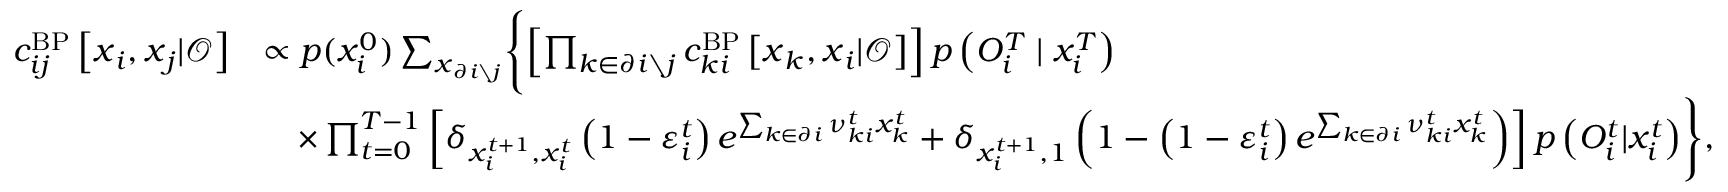
\begin{array} { r l } { c _ { i j } ^ { \mathrm { B P } } \left[ \boldsymbol { x } _ { i } , \boldsymbol { x } _ { j } | \boldsymbol { \mathcal { O } } \right] } & { \propto p ( x _ { i } ^ { 0 } ) \sum _ { \boldsymbol { x } _ { \partial i \setminus j } } \Biggl \{ \left[ \prod _ { k \in \partial i \setminus j } c _ { k i } ^ { \mathrm { B P } } \left[ \boldsymbol { x } _ { k } , \boldsymbol { x } _ { i } | \boldsymbol { \mathcal { O } } \right] \right] p \left( { O } _ { i } ^ { T } \mid x _ { i } ^ { T } \right) } \\ & { \quad \times \prod _ { t = 0 } ^ { T - 1 } \left[ \delta _ { x _ { i } ^ { t + 1 } , x _ { i } ^ { t } } \left( 1 - \varepsilon _ { i } ^ { t } \right) e ^ { \sum _ { k \in \partial i } \nu _ { k i } ^ { t } x _ { k } ^ { t } } + \delta _ { x _ { i } ^ { t + 1 } , 1 } \left( 1 - \left( 1 - \varepsilon _ { i } ^ { t } \right) e ^ { \sum _ { k \in \partial i } \nu _ { k i } ^ { t } x _ { k } ^ { t } } \right) \right] p \left( { O } _ { i } ^ { t } | x _ { i } ^ { t } \right) \Biggr \} , } \end{array}